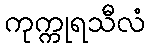
ကုက္ကုရသီလံ